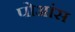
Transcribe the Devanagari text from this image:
पोआंस